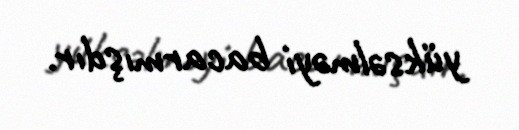
yüksəlməyi bacarmışdır.